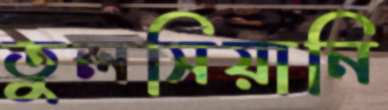
তুলসিয়ানি